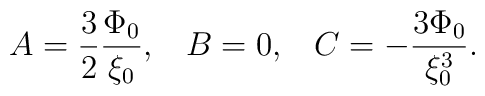
A = \frac{3}{2}\frac{\Phi_0}{\xi_{0}},\;\;\; B=0, \;\;\; C=-\frac{3\Phi_0}{\xi_{0}^{3}}.